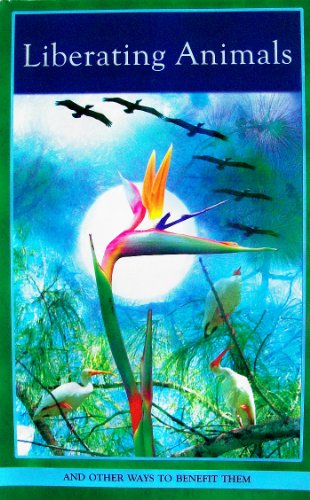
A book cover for Liberating Animals from the Danger of Death, and Other Ways to Benefit Them; Lama Zopa Rinpoche; Religion & Spirituality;